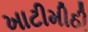
ખાટીમીઠી